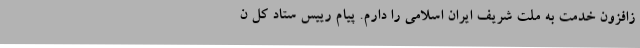
زافزون خدمت به ملت شریف ایران اسلامی را دارم. پیام رییس ستاد کل ن